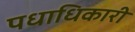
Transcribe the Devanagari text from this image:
पधाधिकारी